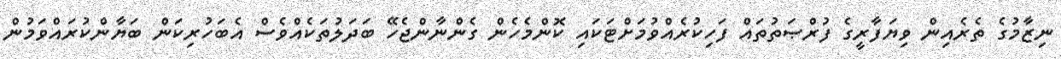
ނިޒާމުގެ ތެރެއިން ވިޔަފާރީގެ ފުރްޞަތުތައް ފަހިކުރެއްވުމަށްޓަކައި ކޮންމެހެން ގެންނާންޖެހޭ ބަދަލުތަކެއްވެސް އެބަހުރިކަން ބަޔާންކުރައްވަމުން